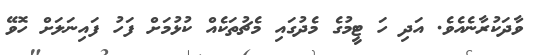
ވާދަކުރާނެއެވެ. އަދި ހަ ޓީމުގެ މެދުގައި މެޗުތަކެއް ކުޅުމަށް ފަހު ފައިނަލަށް ހޮވޭ